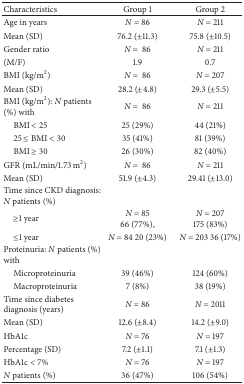
| Characteristics | Group 1 | Group 2 |
 | --- | --- | --- |
 | Age in years | N = 86 | N = 211 |
 | Mean (SD) | 76.2 (±11.3) | 75.8 (±10.5) |
 | Gender ratio | N =  86 | N = 211 |
 | (M/F) | 1.9 | 0.7 |
 | BMI (kg/m2) | N =  86 | N = 207 |
 | Mean (SD) | 28.2 (±4.8) | 29.3 (±5.5) |
 | BMI (kg/m2): N patients (%) with | N =  86 | N = 211 |
 | BMI < 25 | 25 (29%) | 44 (21%) |
 | 25 ≤ BMI < 30 | 35 (41%) | 81 (39%) |
 | BMI ≥ 30 | 26 (30%) | 82 (40%) |
 | GFR (mL/min/1.73 m2) | N =  86 | N = 211 |
 | Mean (SD) | 51.9 (±4.3) | 29.41 (±13.0) |
 | Time since CKD diagnosis: N patients (%) |  |  |
 | ≥1 year | N = 85 66 (77%), | N = 207 175 (83%) |
 | ≤1 year | N = 84 20 (23%) | N = 203 36 (17%) |
 | Proteinuria: N patients (%) with |  |  |
 | Microproteinuria | 39 (46%) | 124 (60%) |
 | Macroproteinuria | 7 (8%) | 38 (19%) |
 | Time since diabetes diagnosis (years) | N = 86 | N = 2011 |
 | Mean (SD) | 12.6 (±8.4) | 14.2 (±9.0) |
 | HbA1c | N = 76 | N = 197 |
 | Percentage (SD) | 7.2 (±1.1) | 7.1 (±1.3) |
 | HbA1c < 7% | N = 76 | N = 197 |
 | N patients (%) | 36 (47%) | 106 (54%) |